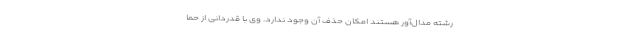
رشته مدال‌آور هستند امکان حذف آن وجود ندارد. وی با قدردانی از حما